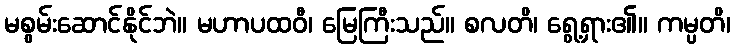
မစွမ်းဆောင်နိုင်ဘဲ။ မဟာပထဝီ၊ မြေကြီးသည်။ စလတိ၊ ရွေ့ရှား၏။ ကမ္ပတိ၊